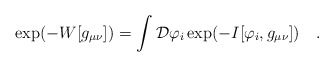
\begin{align*}\exp(-W[g_{\mu\nu}])=\int {\cal D}\varphi_i \exp(-I[\varphi_i,g_{\mu\nu}])~~~.\end{align*}